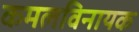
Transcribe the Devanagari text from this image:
कमलविनायक